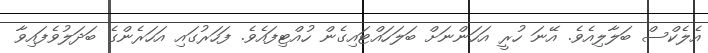
އެލެކްސް ބަލާލިއެވެ. އޭނަ ހުރީ އަހަންނަށް ބަލަހައްޓައިގެން ހުއްޓިފައެވެ. ފަހަރުގައި އަހަރެންގެ ބަދަލުވެފައިވާ